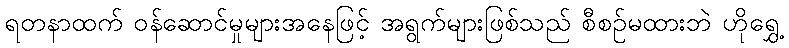
ရတနာထက် ဝန်ဆောင်မှုများအနေဖြင့် အရွက်များဖြစ်သည် စီစဉ်မထားဘဲ ဟိုရွှေ့